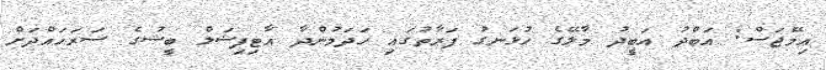
އިމޭޖަސް: އަބްދު އަބީދު މާލޭގެ ހުޅަނގު ފަރާތުގައި ހަދަމުންދާ އާޓިފިޝަލް ބީޝުގެ ސަރަހައްދަށް